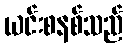
ယင်းစနစ်သည်